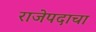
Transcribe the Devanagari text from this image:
राजेपदाचा